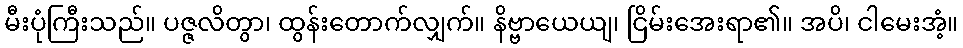
မီးပုံကြီးသည်။ ပဇ္ဇလိတွာ၊ ထွန်းတောက်လျှက်။ နိဗ္ဗာယေယျ၊ ငြိမ်းအေးရာ၏။ အပိ၊ ငါမေးအံ့။